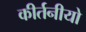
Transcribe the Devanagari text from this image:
कीर्तनीयो